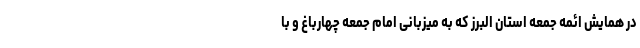
در همایش ائمه جمعه استان البرز که به میزبانی امام جمعه چهارباغ و با